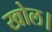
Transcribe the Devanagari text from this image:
खोल।